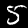
Label: 5